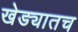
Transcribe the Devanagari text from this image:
खेड्यातच